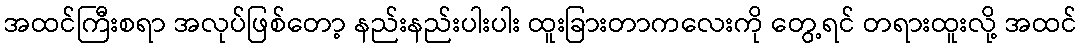
အထင်ကြီးစရာ အလုပ်ဖြစ်တော့ နည်းနည်းပါးပါး ထူးခြားတာကလေးကို တွေ့ရင် တရားထူးလို့ အထင်